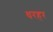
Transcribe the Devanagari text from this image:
धरहर